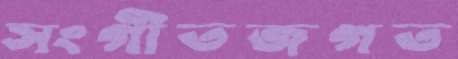
সংগীতজগত